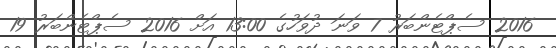
2016 ސެޕްޓެންބަރު 7 ވަނަ ދުވަހުގެ 13:00 އަށް 2016 ސެޕްޓެންބަރު 19